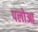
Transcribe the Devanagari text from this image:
पलोआ